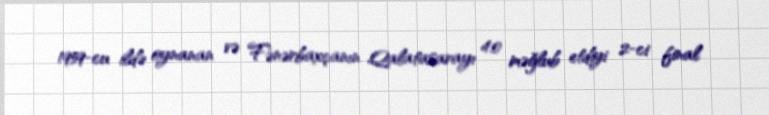
1959-cu ildə oynanan və Fənərbaxçanın Qalatasarayı 4:0 məğlub etdiyi 2-ci final